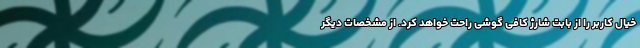
خیال کاربر را از بابت شارژ کافی گوشی راحت خواهد کرد. از مشخصات دیگر